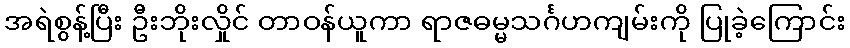
အရဲစွန့်ပြီး ဦးဘိုးလှိုင် တာဝန်ယူကာ ရာဇဓမ္မသင်္ဂဟကျမ်းကို ပြုခဲ့ကြောင်း